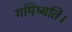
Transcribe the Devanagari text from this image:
गमिष्यति।